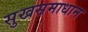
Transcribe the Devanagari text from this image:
सुखसमाधान